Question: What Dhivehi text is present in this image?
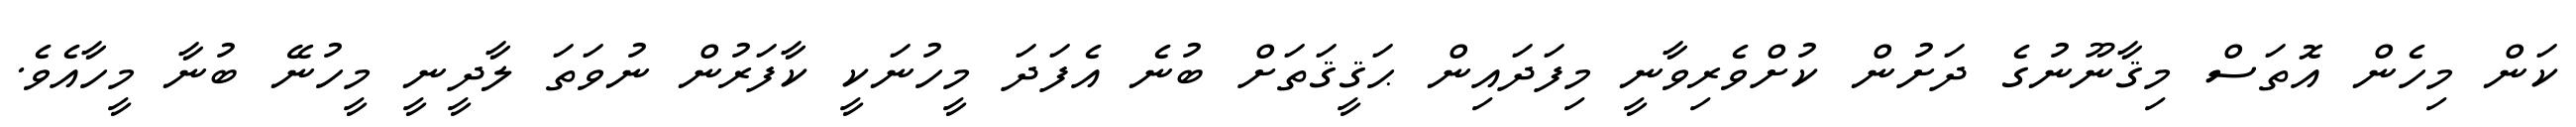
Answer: ކަން މިހެން އޮތަސް މިޤާނޫނުގެ ދަށުން ކުށްވެރިވާނީ މިފަދައިން ޙަޤީޤަތަށް ބުނެ އެފަދަ މީހުނަކީ ކާފަރުން ނުވަތަ ލާދީނީ މީހުނޭ ބުނާ މީހާއެވެ.